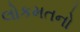
લોકમતનો